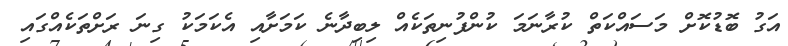
އަގު ބޮޑުކޮށް މަސައްކަތް ކުރާނަމަ ކުންފުނިތަކެއް ލިބިދާނެ ކަމަށާއި އެކަމަކު ގިނަ ރަށްތަކެއްގައި